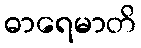
ဓာရေမာတိ